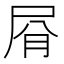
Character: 㞕